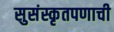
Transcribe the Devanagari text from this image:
सुसंस्कृतपणाची